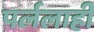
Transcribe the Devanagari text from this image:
पर्ललाही